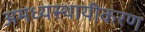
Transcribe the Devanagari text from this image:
अमध्यस्थायीकरण